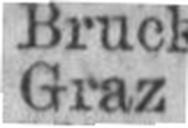
Graz